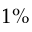
1 \%